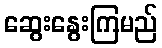
ဆွေးနွေးကြမည်